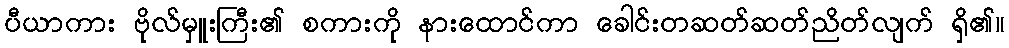
ပီယာကား ဗိုလ်မှူးကြီး၏ စကားကို နားထောင်ကာ ခေါင်းတဆတ်ဆတ်ညိတ်လျက် ရှိ၏။